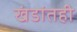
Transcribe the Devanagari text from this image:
खंडांतही